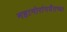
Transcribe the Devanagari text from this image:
महानोरांपर्यंतच्या